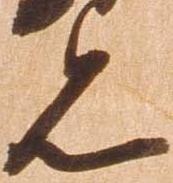
見